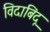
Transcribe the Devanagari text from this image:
विदाबिंदू